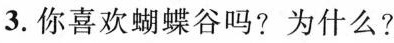
3.你喜欢蝴蝶谷吗?为什么?